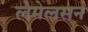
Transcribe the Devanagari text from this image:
लेमेलसन